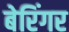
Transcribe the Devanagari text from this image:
बेरिंगर